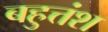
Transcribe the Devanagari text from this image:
बहुत्तंश